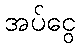
အပ်ငွေ